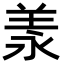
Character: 羕